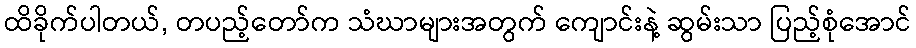
ထိခိုက်ပါတယ်, တပည့်တော်က သံဃာများအတွက် ကျောင်းနဲ့ ဆွမ်းသာ ပြည့်စုံအောင်